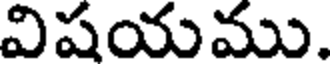
విషయము.